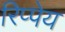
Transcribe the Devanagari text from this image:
रिप्पेय